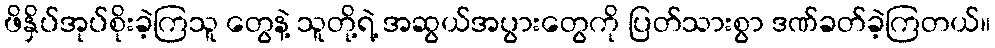
ဖိနှိပ်အုပ်စိုးခဲ့ကြသူ တွေနဲ့ သူတို့ရဲ့ အဆွယ်အပွားတွေကို ပြတ်သားစွာ ဒဏ်ခတ်ခဲ့ကြတယ်။